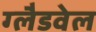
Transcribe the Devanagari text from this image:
ग्लैडवेल